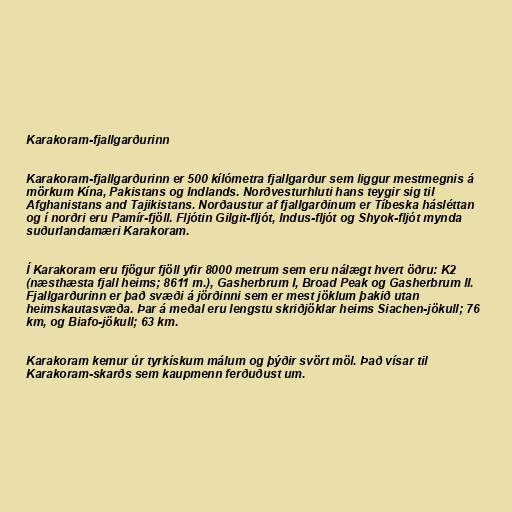
Karakoram-fjallgarðurinn

Karakoram-fjallgarðurinn er 500 kílómetra fjallgarður sem liggur mestmegnis á
mörkum Kína, Pakistans og Indlands. Norðvesturhluti hans teygir sig til
Afghanistans and Tajikistans. Norðaustur af fjallgarðinum er Tíbeska hásléttan
og í norðri eru Pamír-fjöll. Fljótin Gilgit-fljót, Indus-fljót og Shyok-fljót mynda
suðurlandamæri Karakoram.

Í Karakoram eru fjögur fjöll yfir 8000 metrum sem eru nálægt hvert öðru: K2
(næsthæsta fjall heims; 8611 m.), Gasherbrum I, Broad Peak og Gasherbrum II.
Fjallgarðurinn er það svæði á jörðinni sem er mest jöklum þakið utan
heimskautasvæða. Þar á meðal eru lengstu skriðjöklar heims Siachen-jökull; 76
km, og Biafo-jökull; 63 km.

Karakoram kemur úr tyrkískum málum og þýðir svört möl. Það vísar til
Karakoram-skarðs sem kaupmenn ferðuðust um.